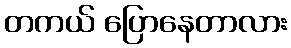
တကယ် ပြောနေတာလား